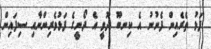
ފަޅު ތެރެއިން ފެނުނު އެ ކިނބޫ ދޫވީ އެ ދޯނީގެ ފަޅުވެރިންނާއި ސިފައިން